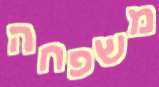
משפחה